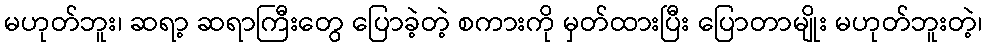
မဟုတ်ဘူး၊ ဆရာ့ ဆရာကြီးတွေ ပြောခဲ့တဲ့ စကားကို မှတ်ထားပြီး ပြောတာမျိုး မဟုတ်ဘူးတဲ့၊